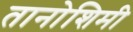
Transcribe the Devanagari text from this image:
तानोशिमी